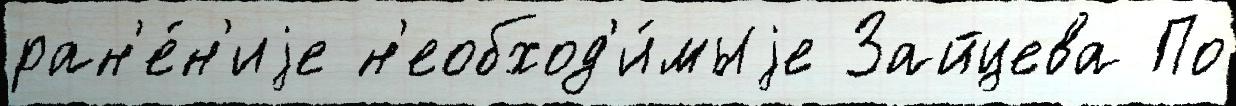
ран'е́н'иjе н'еобход'и́мыjе Зайцева По